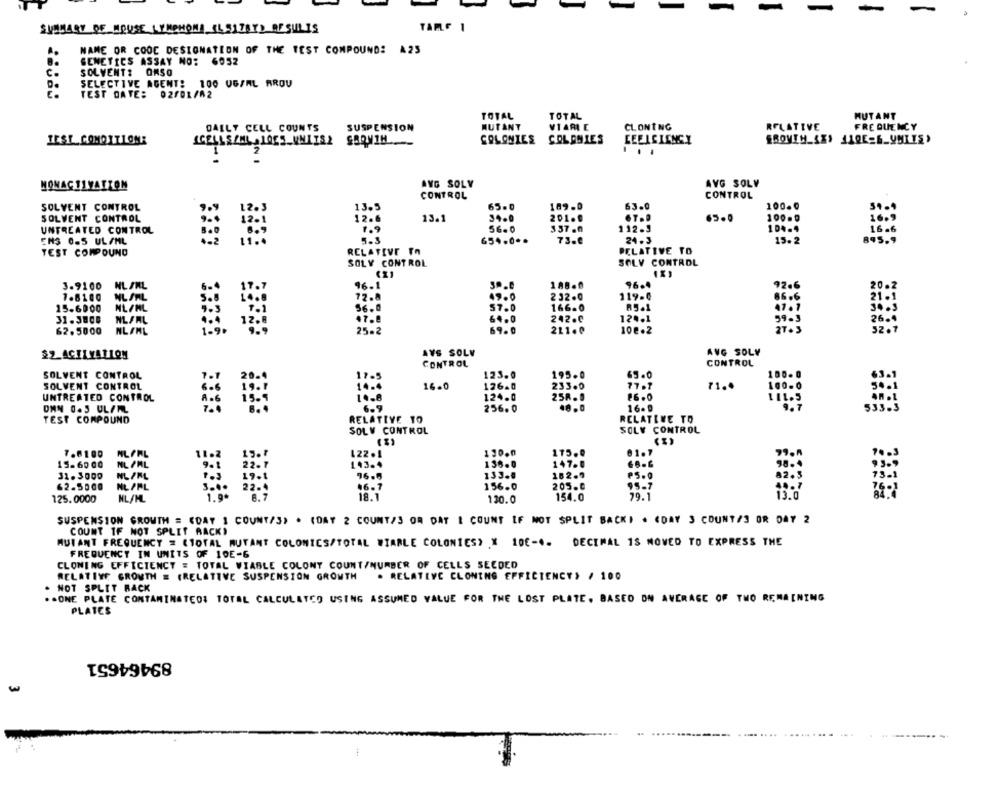
SUMMARY OF HOUSE LYMPHOMA (4 51787)_RESULIS
TARLF 1
NAME OR COOC DESIGNATION OF THE TEST COMPOUNDS A25
GENETICS ASSAY NO: 6052
c.
SOLVENT: ORSO
SELECTIVE AGENT: 100 UG/ML RROU
E.
TEST DATE: 02/01/02
TOTAL
TOTAL
MUTANT
DAILY CELL COUNTS
SUSPENSION
MUTANT
VIARE
CLONING
RELATIVE
FREQUENCY
JEST COMOITLONE
ICELLSZNL 1065_VMIIS2 SBQNIH
COLONIES COLONIES
LEELCIENCY
AVG SOLY
AVG SOLV
HONACTIVATION
CONTROL
CONTROL
SOLVENT CONTROL
13.5
65.0
189.0
63.0
100.0
SOLVENT CONTROL
12.6
13.1
34.0
201.0
100.0
16.5
UNTREATED CONTROL
56.0
337 .0
112.3
104-4
ENS 0-5 UL/ML
5.3
654.0 **
73.6
24.3
15.2
895.9
TEST COMPOUND
RELATIVE TO
RELATIVE TO
SOLY CONTROL
SOLV CONTROL
3-9100 NL/ML
188.0
96-4
92.6
17.7
96.1
20.2
1.8100
NL SAL
72.8
49.0
232.0
119.C
86.6
15.6000
ML/ML
$6.0
57.0
166.0
R5.1
31.3800
NLFAL
47.8
64.0
242.0
12 .. 1
99.5
26.4
62.5000
NL/ML
25-2
69.0
211.º
10e.2
$2 ACILYATION
AYS SOLV
AVG SOLY
CONTROL
CONTROL
100.0
SOLVENT CONTROL
17.
123.0
195.0
65.0
SOLVENT CONTROL
14.4
16.0
126.0
233.0
77.1
71.4
100.0
258.0
UNTREATED CONTROL
10.8
124.0
DEN 0.5 UL/ML
6.9
256.0
.8.0
16.º
TEST COMPOUND
RELATIVE TO
RELATIVE TO
SOLV CONTROL
SOLV CONTROL
130.0
175.0
81.7
99.A
7.6100
NLOFL
11.2
15. 7
15-6000
NL /ML
143.4
130.0
147.0
98.4
31.3000
22 . 7
96.5
133.0
162-9
₱5.0
82.3
19 . 1
62.5000
NL PPL
3.4
22.4
46.7
156.0
205.0
44.7
125.0000
NL/HL
6. 7
130.0
154.0
79.
13.0
SUSPENSION GROWTH = "DAY 1 COUNT/3) . (DAY 2 COUNT/3 OR DAT & COUNT IF NOT SPLIT BACKI . CDAY 3 COUNT/3 OR DAY 2
COUNT IF NOT SPLIT RACKI
MUTANT FREQUENCY = (TOTAL AUTANT COLONICS/TOTAL WIABLE COLONIES> X 10€-4- DECIMAL 1S MOVED TO EXPRESS THE
FREQUENCY IN UNITS OF 1DE-6
CLONING EFFICIENCY = TOTAL VIABLE COLONY COUNT/NUMBER OF CELLS SEEDED
RELATIVE GROWTH = (RELATIVE SUSPENSION GROWTH
. RELATIVE CLONING EFFICIENCY, / 100
. NOT SPLIT RACK
. . ONE PLATE CONTAMINATED: TOTAL CALCULATCO USING ASSUMED VALUE FOR THE LOST PLATE. BASED ON AVERAGE OF TWO REMAINING
PLATES
89464651
.... ..
..........